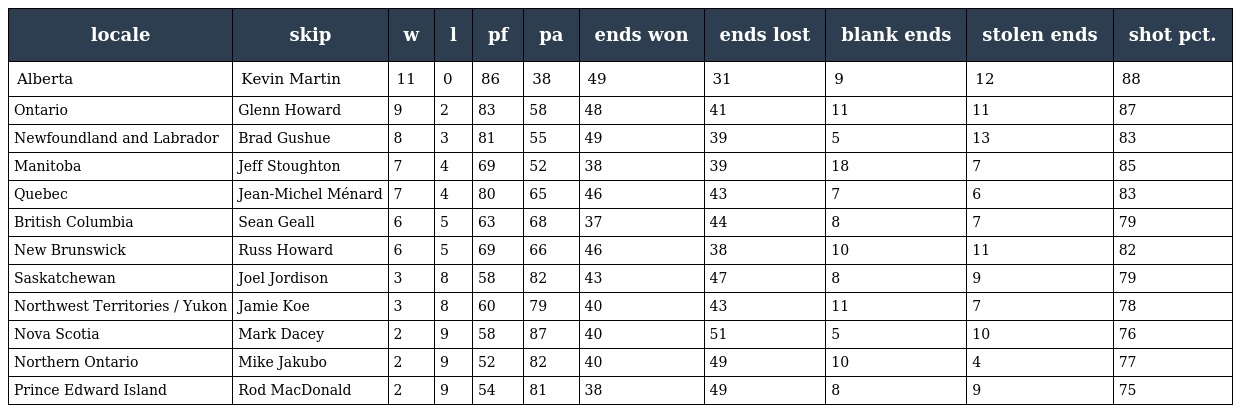
| locale | skip | w | l | pf | pa | ends won | ends lost | blank ends | stolen ends | shot pct. |
 | --- | --- | --- | --- | --- | --- | --- | --- | --- | --- | --- |
 | Alberta | Kevin Martin | 11 | 0 | 86 | 38 | 49 | 31 | 9 | 12 | 88 |
 | Ontario | Glenn Howard | 9 | 2 | 83 | 58 | 48 | 41 | 11 | 11 | 87 |
 | Newfoundland and Labrador | Brad Gushue | 8 | 3 | 81 | 55 | 49 | 39 | 5 | 13 | 83 |
 | Manitoba | Jeff Stoughton | 7 | 4 | 69 | 52 | 38 | 39 | 18 | 7 | 85 |
 | Quebec | Jean-Michel Ménard | 7 | 4 | 80 | 65 | 46 | 43 | 7 | 6 | 83 |
 | British Columbia | Sean Geall | 6 | 5 | 63 | 68 | 37 | 44 | 8 | 7 | 79 |
 | New Brunswick | Russ Howard | 6 | 5 | 69 | 66 | 46 | 38 | 10 | 11 | 82 |
 | Saskatchewan | Joel Jordison | 3 | 8 | 58 | 82 | 43 | 47 | 8 | 9 | 79 |
 | Northwest Territories / Yukon | Jamie Koe | 3 | 8 | 60 | 79 | 40 | 43 | 11 | 7 | 78 |
 | Nova Scotia | Mark Dacey | 2 | 9 | 58 | 87 | 40 | 51 | 5 | 10 | 76 |
 | Northern Ontario | Mike Jakubo | 2 | 9 | 52 | 82 | 40 | 49 | 10 | 4 | 77 |
 | Prince Edward Island | Rod MacDonald | 2 | 9 | 54 | 81 | 38 | 49 | 8 | 9 | 75 |